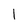
Character: 1